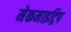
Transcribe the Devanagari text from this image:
मेकमाइट्रिप